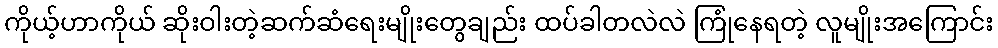
ကိုယ့်ဟာကိုယ် ဆိုးဝါးတဲ့ဆက်ဆံရေးမျိုးတွေချည်း ထပ်ခါတလဲလဲ ကြုံနေရတဲ့ လူမျိုးအကြောင်း